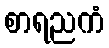
စာရညကံ